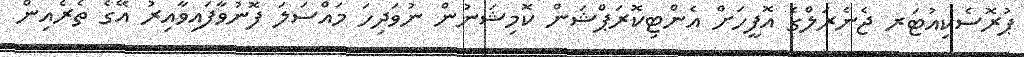
ޕުރޮސެކިއުޓަރ ޖެނެރަލްގެ އޮފީހަށް އެންޓިކޮރަޕްޝަން ކޮމިޝަނުން ނުވަދިހަ މައްސަލަ ފޮނުވާފައިވާއިރު އޭގެ ތެރެއިން